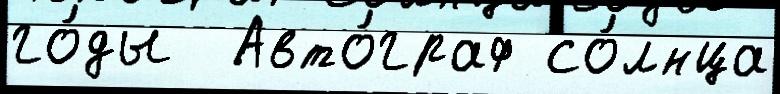
го́ды  Авто́граф со́лнца